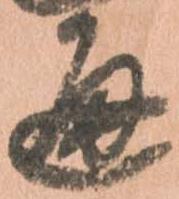
通